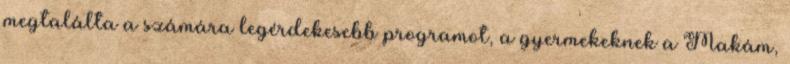
megtalálta a számára legérdekesebb programot, a gyermekeknek a Makám,